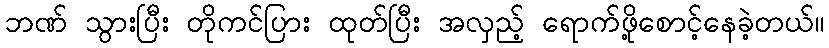
ဘဏ် သွားပြီး တိုကင်ပြား ထုတ်ပြီး အလှည့် ရောက်ဖို့စောင့်နေခဲ့တယ်။